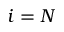
i = N